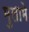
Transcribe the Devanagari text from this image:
मुलामे